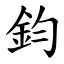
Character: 鈞